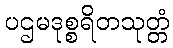
ပဌမဒုစ္စရိတသုတ္တံ